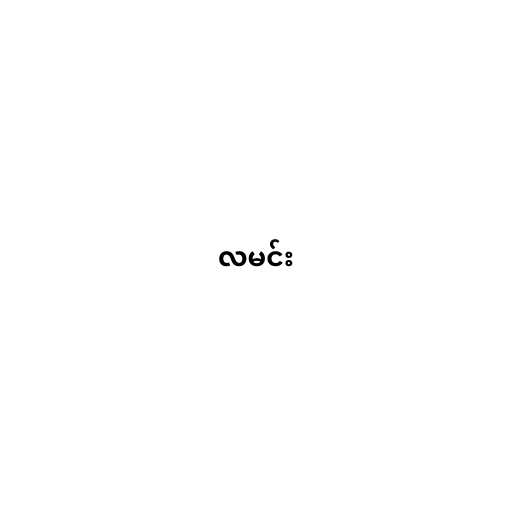
လမင်း